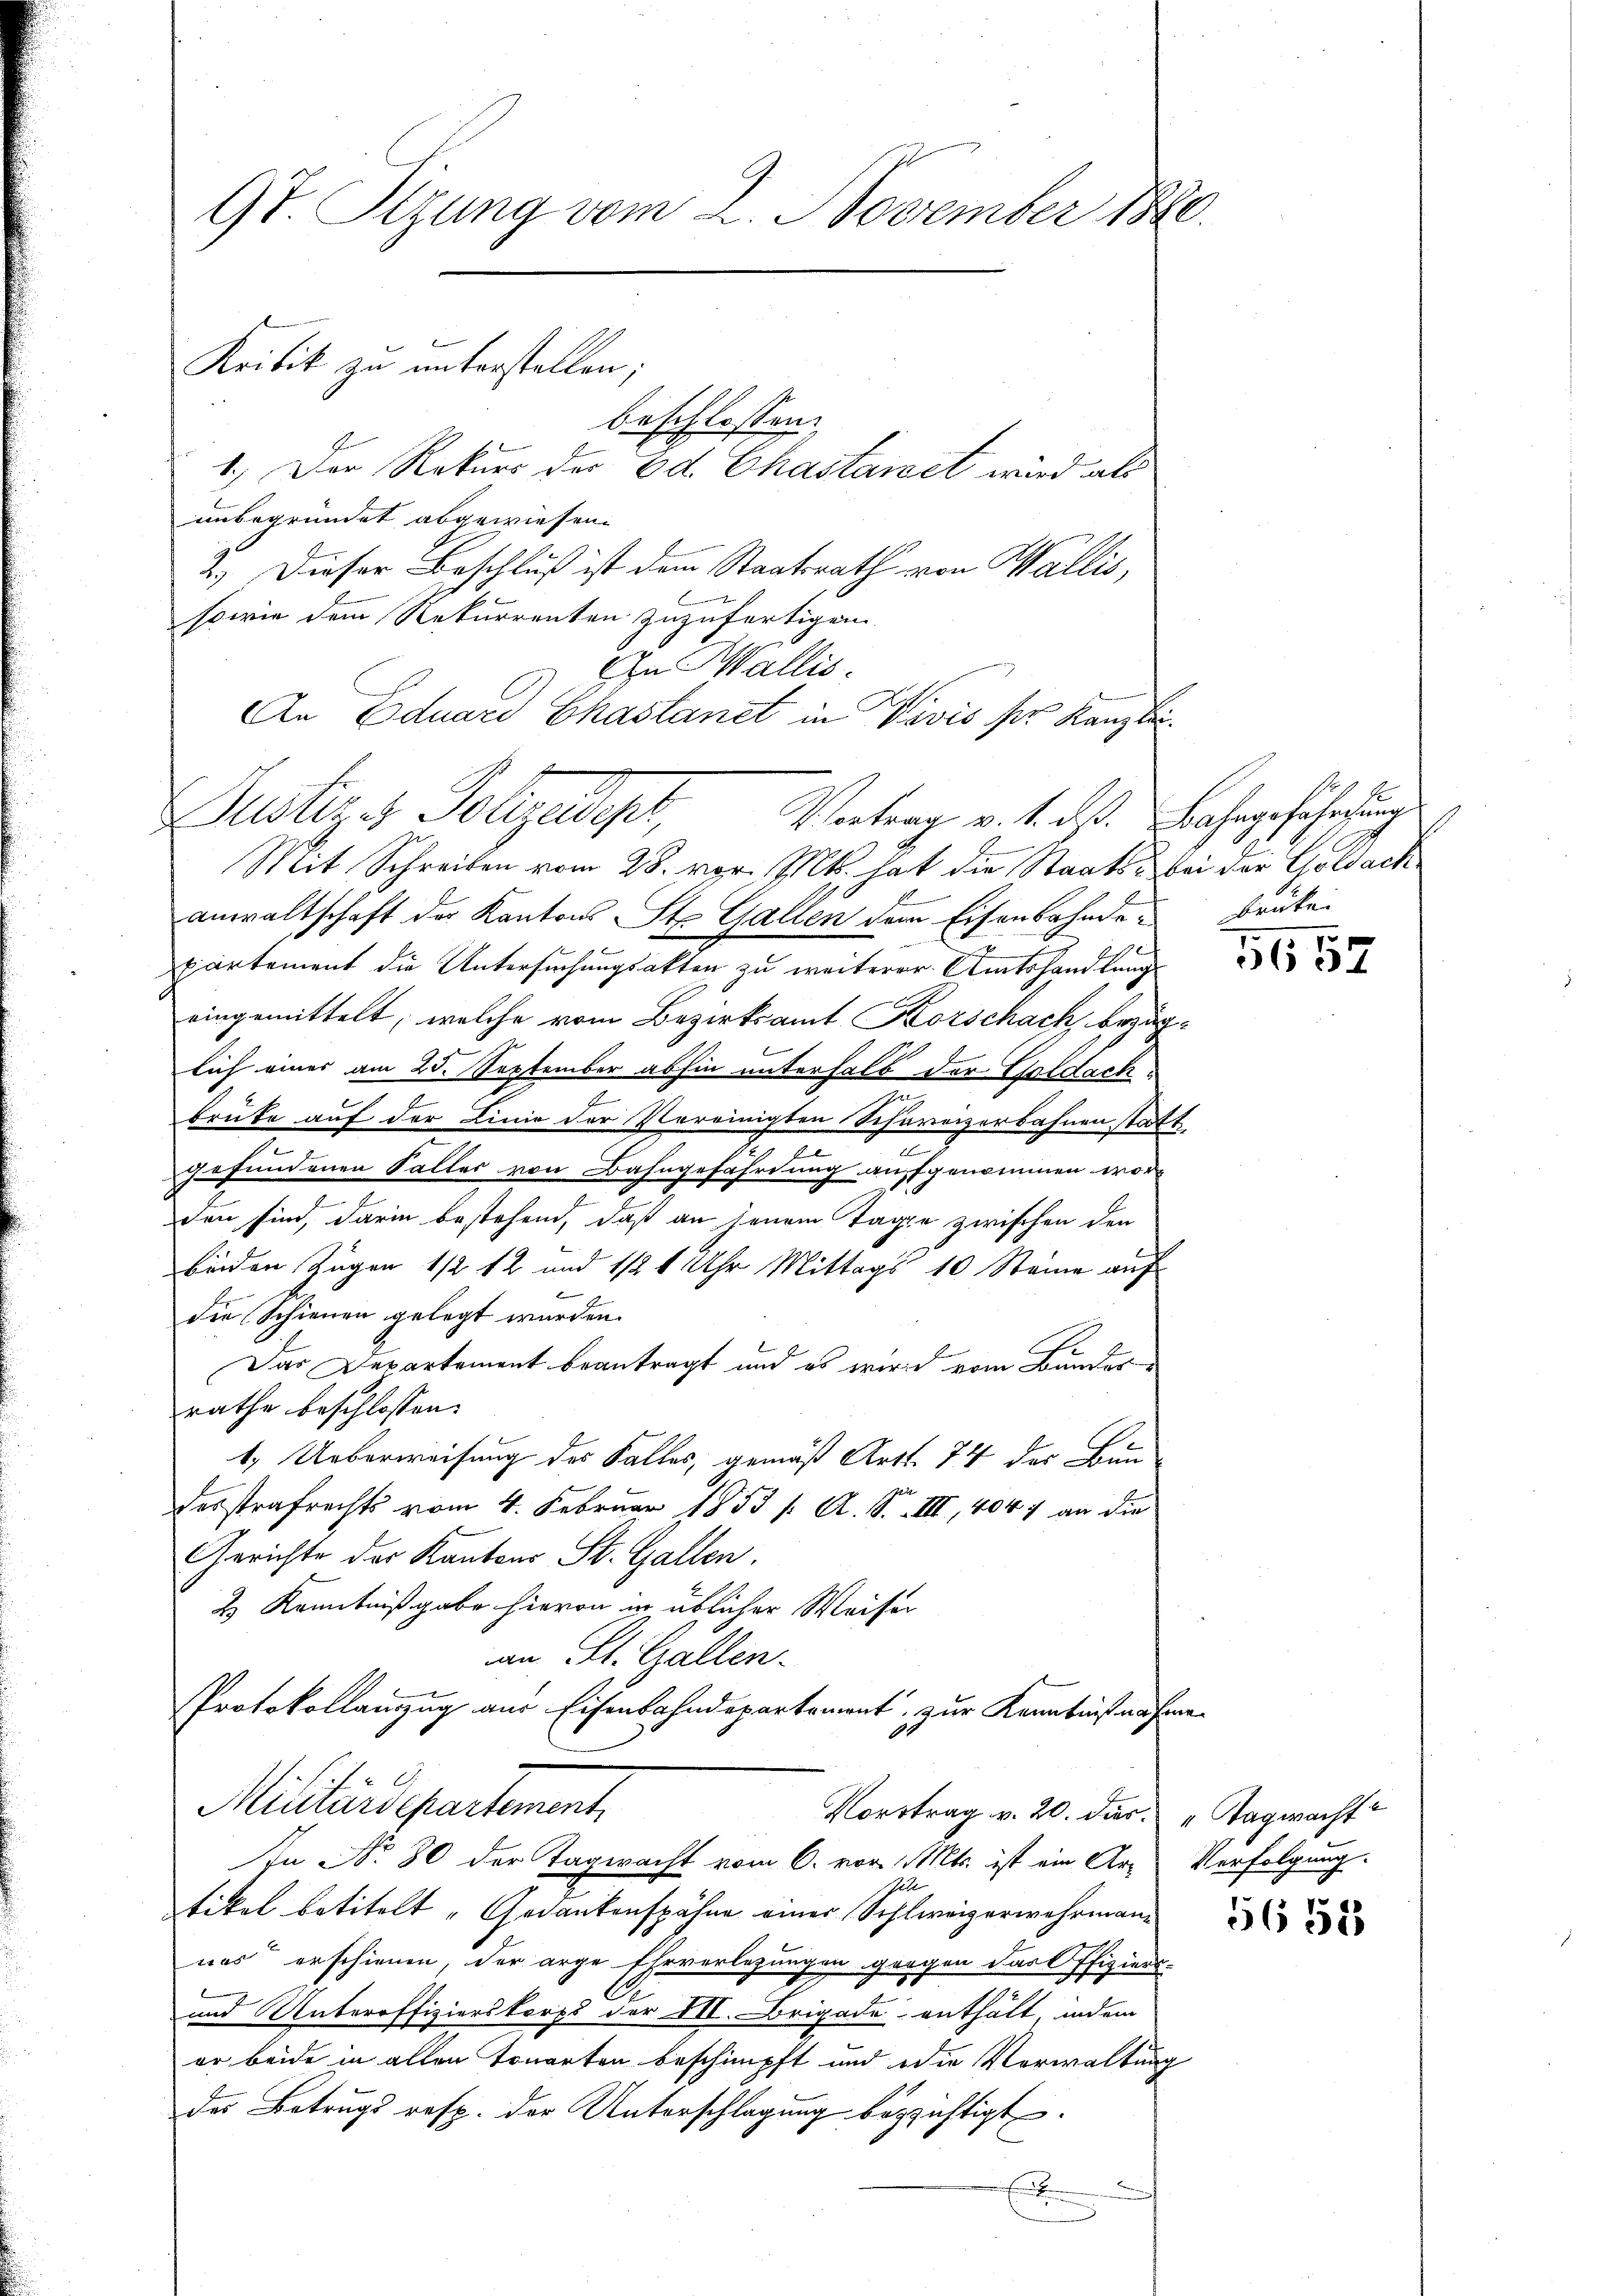
unbegründet abgewiesen.
2.) Dieser Beschluß ist dem Staatsrath von Wallis,
sowie dem Rekurrenten zuzufertigen.
Justins Polizeiliger,
Mit Schreiben vom 28. vor. Mt. hat die Staats- bei der Goldach
Anwaltschaft der Kantons St. Gallen dem Eisenbahnden Brüken
x
partement die Untersuchungsakten zu weiterer Amtshandlungs
eingemittelt, welche vom Bezirksamt Korschach, bezug
lich eines am 25. September abhin unterhalb der Goldach¬
G
f
brüke auf der Linie der Vereinigten Schreizerbahnen stat
u
2
n
gefundenen Faller von Bahngefährdung auffgenommen worm
c
den sind, darin bestehend, daß an jenem Tage zwischen den
benden Zügen 1/2 12 und 1/2 1 Uhr Mittags 10 Steine auf
die Schienen gelegt wurden.
Das Departement beantragt und es wird vom Bunder
rathe beschlossen:
1. Ueberweisung des Falles, gemäß Art. 74 der Bundesstrafrechts vom 4. Februar 1853 /: A. S. VIII, 4047 an die
Gerichte der Kantons St. Gallen.
2 Kenntnißgabe hievon in üblicher Weiser
an St. Gallen.
Protokollauszug aus Eisenbahndepartement, zur Kenntnißnahme
Militärdepartement
Vorstrag v. 20. die „Tagwacht
In No. 80 der Tagwacht vom 6. vor. Mts. ist ein Ar¬
Gele
tikel betitelt „Gedankenspähne einer Schweizerwehrmann
nas erschienen, der arge Ehrverlegungen ganzen Karl Pfiziers.
und Unteroffizierskorps der VII. Brigade enthält, indem
er beide in allen Tonarten beschimpft und die Verwaltung
des Betrugs resp. der Unterschlagung bezeichtigt.

9t. Sizung vom 2. November 1880.

Kritik zu unterstellen;

beschlossen:
1.) Der Rekurs der Ed. Chastaret wird als

In Wallis.
An Eduard Chastanet in Vivis ser Kanzlei¬
Vortrag v. 1. ds. Bahngefährdung

5657

Verfolgung.

5651